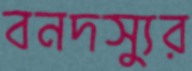
বনদস্যুর